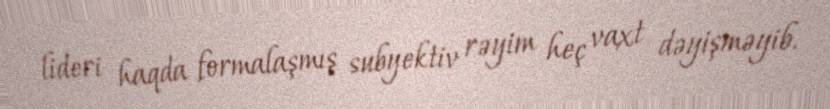
lideri haqda formalaşmış subyektiv rəyim heç vaxt dəyişməyib.